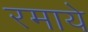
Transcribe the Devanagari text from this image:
रमाये